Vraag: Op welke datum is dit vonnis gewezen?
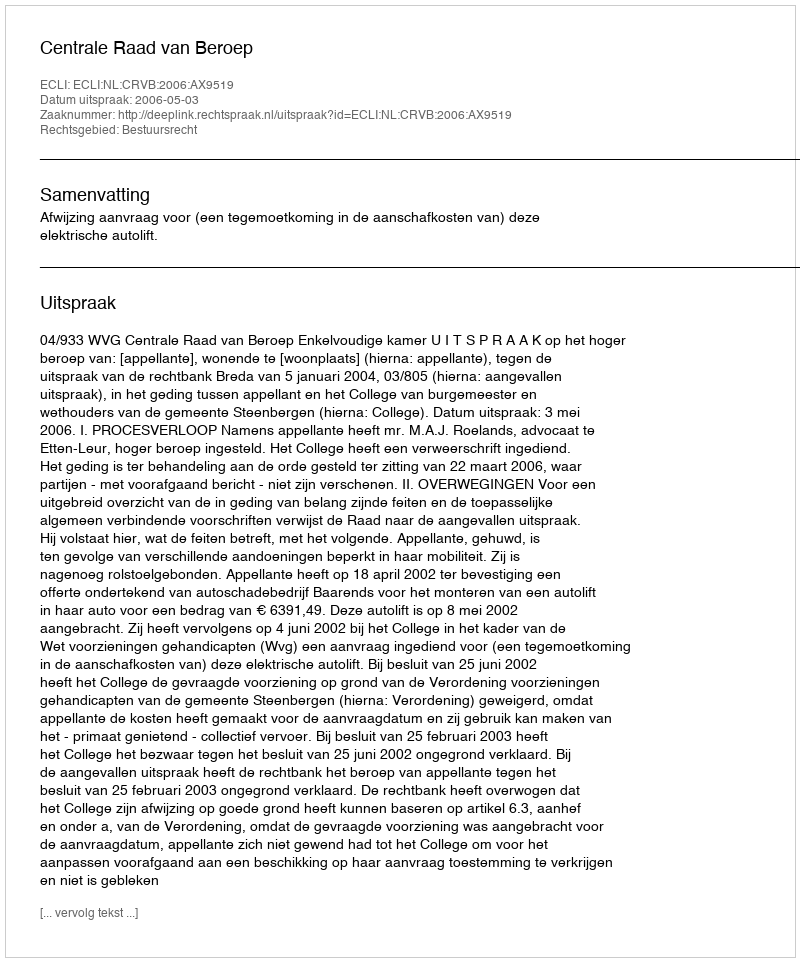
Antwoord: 2006-05-03